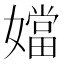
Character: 㜭